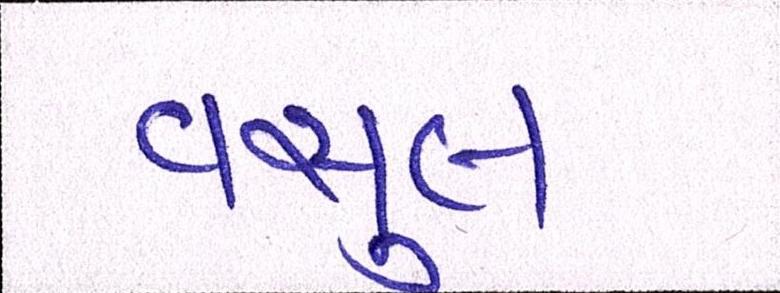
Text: વસુલ